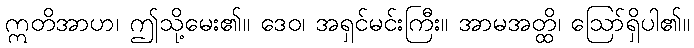
ဣတိအာဟ၊ ဤသို့မေး၏။ ဒေဝ၊ အရှင်မင်းကြီး။ အာမအတ္ထိ၊ ဩော်ရှိပါ၏။